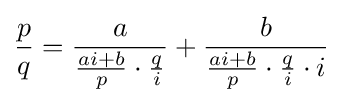
{\frac {p}{q}}={\frac {a}{{\frac {ai+b}{p}}\cdot {\frac {q}{i}}}}+{\frac {b}{{\frac {ai+b}{p}}\cdot {\frac {q}{i}}\cdot {i}}}